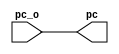
module sig(
    input [31:0] pc_o,
    output [31:0] pc
);

assign pc = pc_o;

endmodule